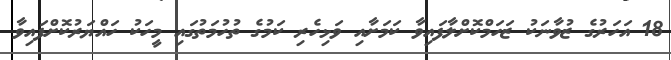
18 އަހަރުގެ ޒުވާނަކު ޒަހަމްކޮށްލާފައިވާ ކަމަށާއި ވަޅިހެރި ކަމުގެ ތުހުމަތުގައި މީހަކު ހައްޔަރުކޮށްފައިވާ